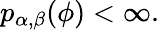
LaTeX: p_{\alpha,\beta}(\phi)<\infty.